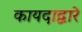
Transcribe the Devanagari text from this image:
कायदाद्वारे